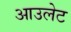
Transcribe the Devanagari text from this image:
आउलेट